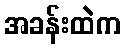
အခန်းထဲက